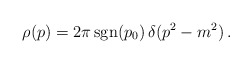
\begin{align*} \rho(p)= 2\pi\, {\rm sgn}(p_0) \,\delta(p^2-m^2)\, .\end{align*}